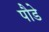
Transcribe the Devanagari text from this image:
पौडे